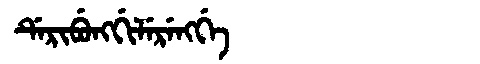
Manchu: ᡩᡝᡵᡳᠪᡠᠩᡤᡳᠯᡝᡵᡝᠩᡤᡝ
Romanization: DERIBUNGGILERENGGE